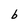
Character: b